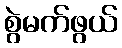
စွဲမက်ဖွယ်